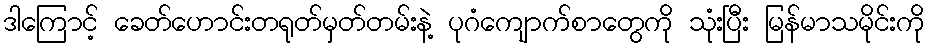
ဒါကြောင့် ခေတ်ဟောင်းတရုတ်မှတ်တမ်းနဲ့ ပုဂံကျောက်စာတွေကို သုံးပြီး မြန်မာသမိုင်းကို